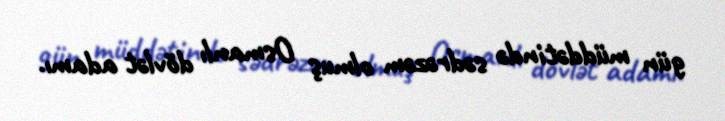
gün müddətində sədrəzəm olmuş Osmanlı dövlət adamı.